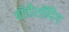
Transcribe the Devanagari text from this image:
बॉडीशॉपिंग